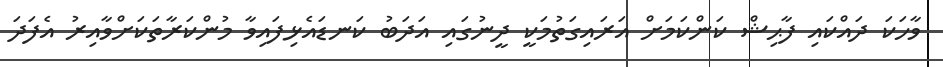
ވާހަކަ ދައްކައި ފާޙިޝް ކަންކަމަށް އަރައިގަތުމަކީ ދީނުގައި އަދަބު ކަނޑައެޅިފައިވާ މުންކަރާތަކަށްވާއިރު އެފަދަ